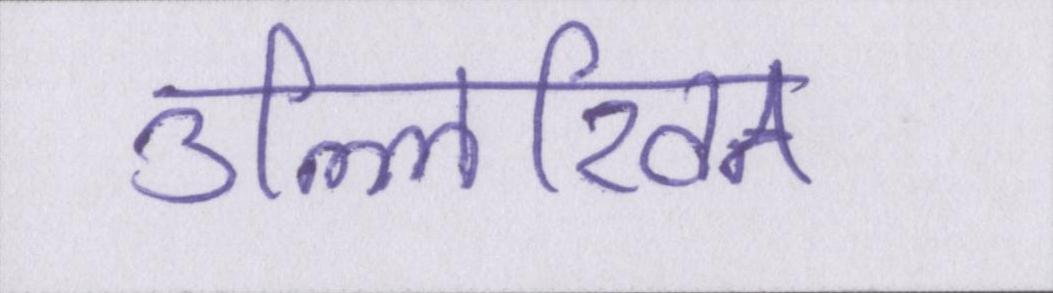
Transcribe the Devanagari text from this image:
उल्लिखित